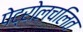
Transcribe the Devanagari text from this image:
पेट्रोलचलित